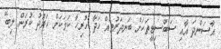
އާސަންދަ އާއި ސަބްސިޑީތަކަށް ބަނދަރުތައް ހަދާ ހުރިހާ ކަމަކަށް ހަރުދު ކުރަން ލިބޭ